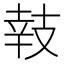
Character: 𢻏